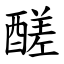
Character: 醝